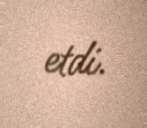
etdi.